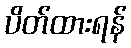
ပိတ်ထားရန်